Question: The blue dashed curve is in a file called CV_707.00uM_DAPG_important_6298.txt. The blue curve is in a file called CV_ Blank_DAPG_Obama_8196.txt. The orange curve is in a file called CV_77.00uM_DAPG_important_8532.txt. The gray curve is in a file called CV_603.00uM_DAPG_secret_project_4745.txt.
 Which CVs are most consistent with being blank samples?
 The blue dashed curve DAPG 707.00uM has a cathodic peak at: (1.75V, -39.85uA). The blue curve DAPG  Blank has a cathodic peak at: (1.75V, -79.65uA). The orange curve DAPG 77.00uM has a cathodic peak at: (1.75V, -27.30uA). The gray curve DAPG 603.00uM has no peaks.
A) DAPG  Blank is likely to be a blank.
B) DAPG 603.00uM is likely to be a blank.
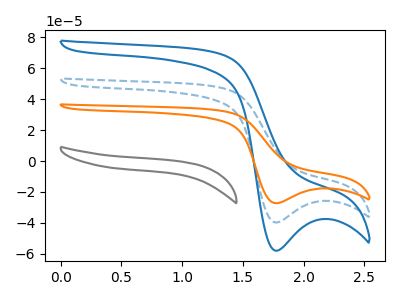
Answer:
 <answer>B) "DAPG 603.00uM" is likely to be a blank.</answer>
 <eval>B</eval>